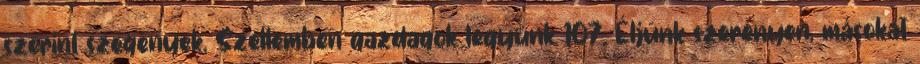
szerint szegények, Szellemben gazdagok legyünk 107. Éljünk szerényen, másokat